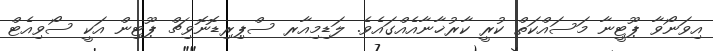
އިވަނޯވާ ޕޫޓީނާ މަސައްކަތް ކުރީ ކާރުޚާނާއެއްގައެވެ. ލަޑިމިއާރ ސްޕިރިޑޮނޮވިޗް ޕޫޓިން އަކީ ސޯވިއެޓް